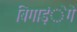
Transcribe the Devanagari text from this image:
बिगाड़ंेगे